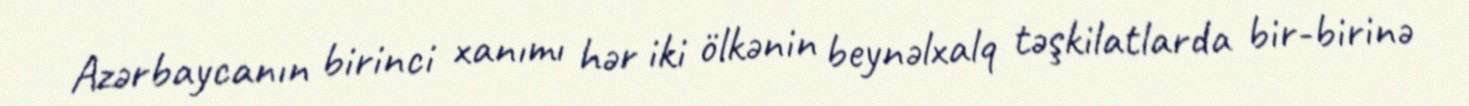
Azərbaycanın birinci xanımı hər iki ölkənin beynəlxalq təşkilatlarda bir-birinə